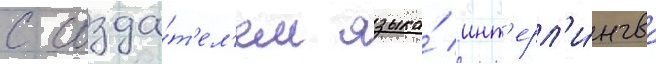
с созда́т'ел'ем языка́ инт'ерл'и́нгва